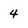
Character: 4